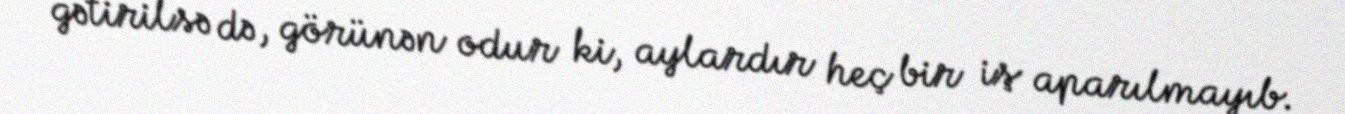
gətirilsə də, görünən odur ki, aylardır heç bir iş aparılmayıb.